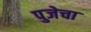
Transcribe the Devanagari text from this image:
पुजेचा